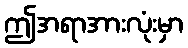
ဤအရာအားလုံးမှာ